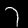
Label: 7